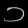
Digit: ၁